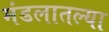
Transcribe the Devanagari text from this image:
मंडलातल्या